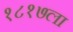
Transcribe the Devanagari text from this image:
१८१७ला